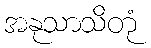
အနုသာသိတုံ